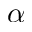
\alpha